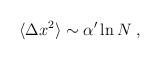
LaTeX: \begin{align*}\langle \Delta x^2\rangle \sim \alpha^\prime\ln N \; ,\end{align*}